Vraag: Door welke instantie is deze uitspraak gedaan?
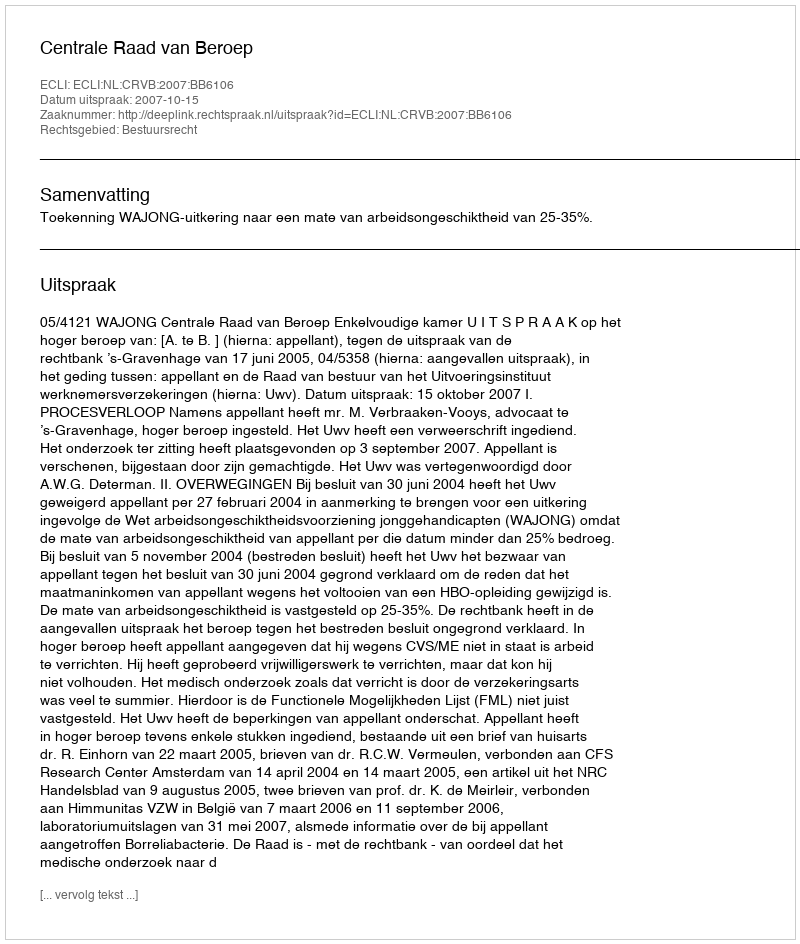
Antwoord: Centrale Raad van Beroep